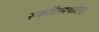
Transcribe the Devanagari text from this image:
स्कॉल्सवोल्ड